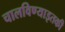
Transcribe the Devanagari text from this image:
चालविण्याइतकी